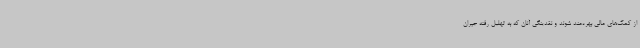
از کمک‌های مالی بهره‌مند شوند و نقدینگی آنان که به تهلیل رفته جبران